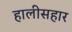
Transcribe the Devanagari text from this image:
हालीसहार